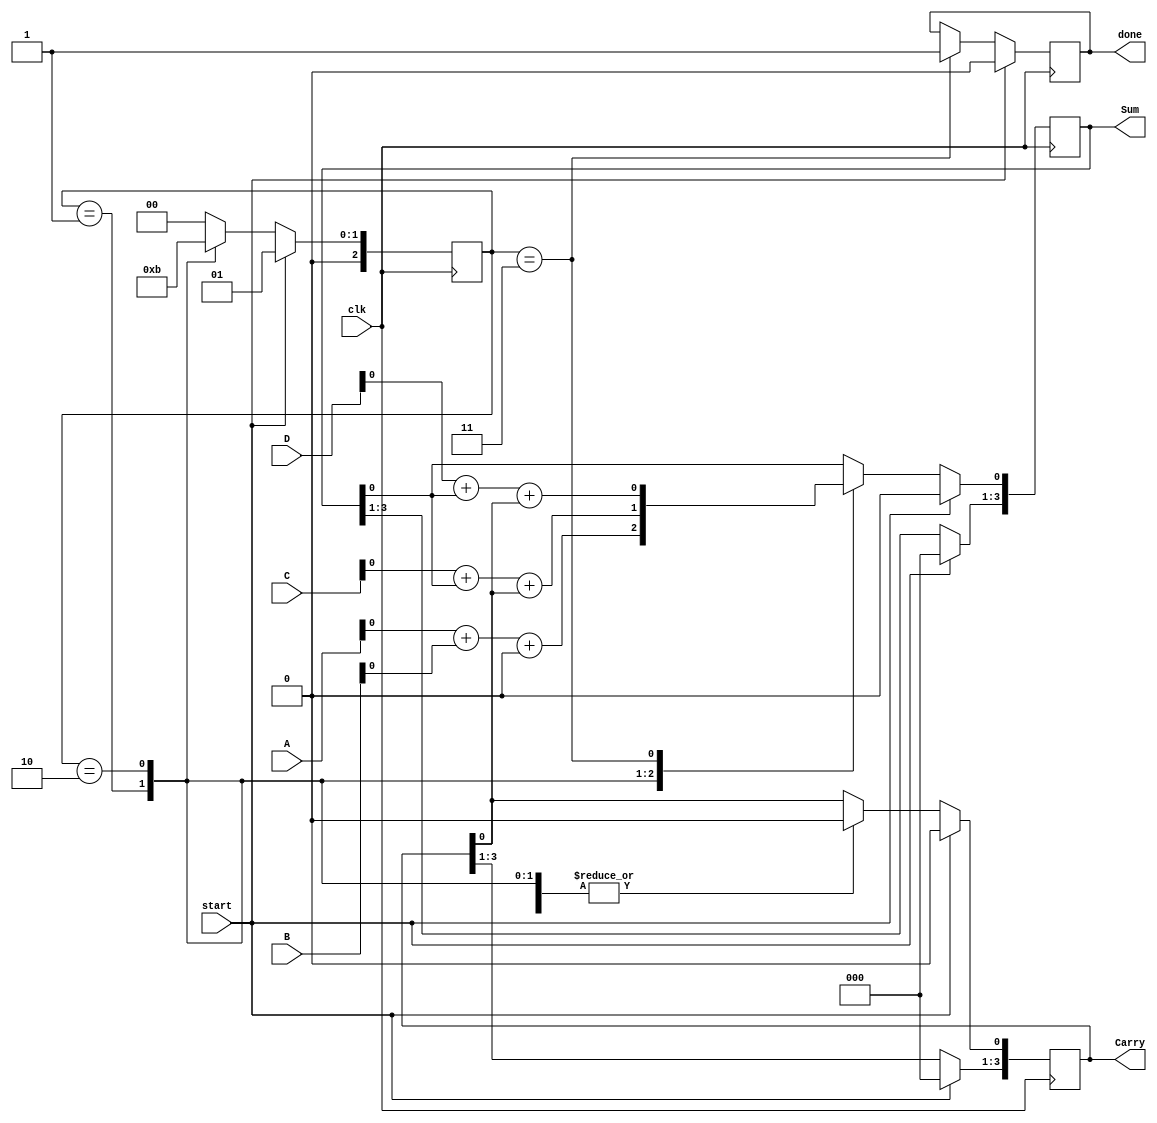
module CarrySaveAdder #(
    parameter N = 4 // Number of bits for inputs
)(
    input wire [N-1:0] A, // First input
    input wire [N-1:0] B, // Second input
    input wire [N-1:0] C, // Third input
    input wire [N-1:0] D, // Fourth input
    input wire clk,       // Clock signal
    input wire start,     // Start signal for addition
    output reg [N-1:0] Sum,   // Intermediate sum output
    output reg [N-1:0] Carry, // Carry output
    output reg done       // Done signal
);

// Internal signals
reg [N-1:0] sum_temp;
reg [N-1:0] carry_temp;

// Shared Full Adder
function [1:0] FullAdder(
    input wire a,
    input wire b,
    input wire cin
);
    FullAdder = a + b + cin;
endfunction

// Control signals
reg [2:0] state;

// State Machine
always @(posedge clk) begin
    if (start) begin
        state <= 3'b001; // Start the addition process
        done <= 1'b0;
        Sum <= 0;
        Carry <= 0;
    end else begin
        case (state)
            3'b001: begin // Stage 1: Add A and B
                {carry_temp, sum_temp} = FullAdder(A[0], B[0], 0);
                Sum[0] <= sum_temp;
                Carry[0] <= carry_temp;
                state <= 3'b010; // Move to next bit
            end
            3'b010: begin // Stage 2: Add C
                {carry_temp, sum_temp} = FullAdder(C[0], Sum[0], Carry[0]);
                Sum[0] <= sum_temp;
                Carry[0] <= carry_temp;
                // Repeat for other bits
                state <= 3'b011; // Move to next stage
            end
            3'b011: begin // Stage 3: Add D
                {carry_temp, sum_temp} = FullAdder(D[0], Sum[0], Carry[0]);
                Sum[0] <= sum_temp;
                Carry[0] <= carry_temp;
                // Final stage processing
                done <= 1'b1; // Indicate done
                state <= 3'b000; // Reset state
            end
            default: begin
                state <= 3'b000; // Reset state
            end
        endcase
    end
end

endmodule